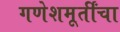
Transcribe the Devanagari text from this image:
गणेशमूर्तींचा